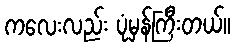
ကလေးလည်း ပုံမှန်ကြီးတယ်။